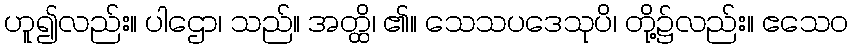
ဟူ၍လည်း။ ပါဌော၊ သည်။ အတ္ထိ၊ ၏။ သေသပဒေသုပိ၊ တို့၌လည်း။ ဧသေဝ